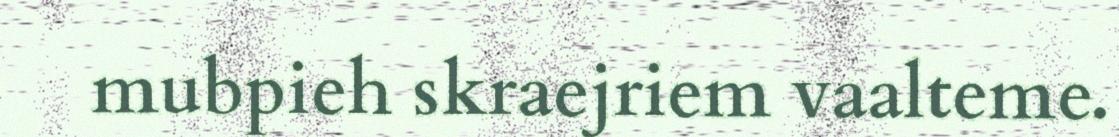
mubpieh skraejriem vaalteme.